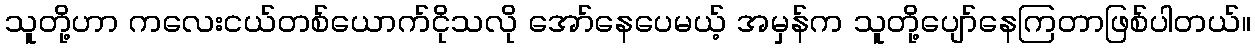
သူတို့ဟာ ကလေးငယ်တစ်ယောက်ငိုသလို အော်နေပေမယ့် အမှန်က သူတို့ပျော်နေကြတာဖြစ်ပါတယ်။